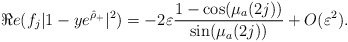
\begin{align*}\Re e (f_j |1 - y e^{\hat \rho_{+}}|^2) = -2 \varepsilon\frac{1-\cos(\mu_a(2j))}{\sin(\mu_a(2j))} + O(\varepsilon^2).\end{align*}